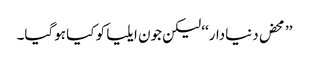
’’محض دنیادار‘‘ لیکن جون ایلیا کو کیا ہوگیا۔